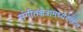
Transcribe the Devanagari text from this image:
संगीतक्षेत्रामध्येदेखील